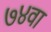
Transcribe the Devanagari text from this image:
७४वा